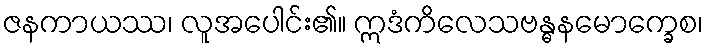
ဇနကာယဿ၊ လူအပေါင်း၏။ ဣဒံကိလေသဗန္ဓနမောက္ခေစ၊